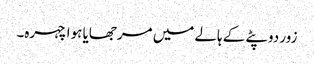
زور دوپٹے کے ہالے میں مرجھایا ہوا چہرہ۔